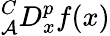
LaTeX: {}_{\mathcal{A}}^{C}D_{x}^{p}f(x)